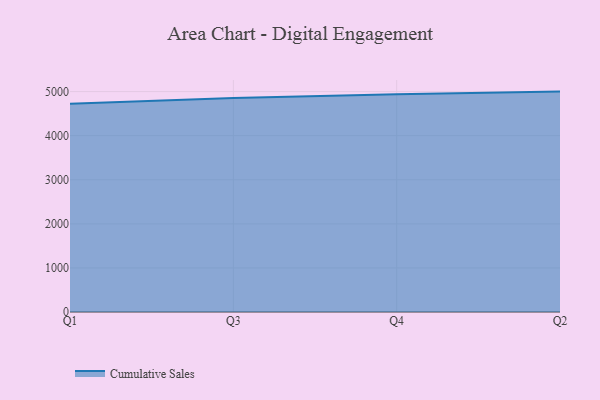
{"axis": {"x": "Quarter", "y": "Temperature (°C)"}, "legend": ["Cumulative Sales"], "data": [{"x": "Q1", "y": 4726.2, "type": "Cumulative Sales"}, {"x": "Q3", "y": 4853.5, "type": "Cumulative Sales"}, {"x": "Q4", "y": 4942.7, "type": "Cumulative Sales"}, {"x": "Q2", "y": 5000, "type": "Cumulative Sales"}]}